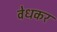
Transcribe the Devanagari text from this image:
वेधकर